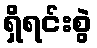
ရှိရင်းစွဲ